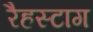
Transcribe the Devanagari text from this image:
रैहस्टाग